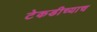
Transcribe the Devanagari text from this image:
टेकडीच्याच